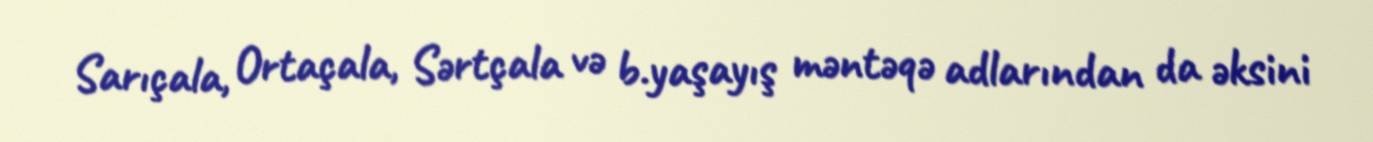
Sarıçala, Ortaçala, Sərtçala və b.yaşayış məntəqə adlarından da əksini